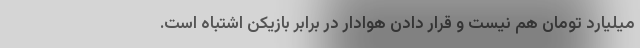
میلیارد تومان هم نیست و قرار دادن هوادار در برابر بازیکن اشتباه است.